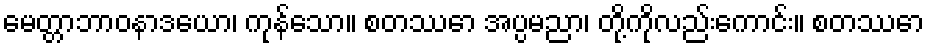
မေတ္တာဘာဝနာဒယော၊ ကုန်သော။ စတဿော အပ္ပမညာ၊ တို့ကိုလည်းကောင်း။ စတဿော